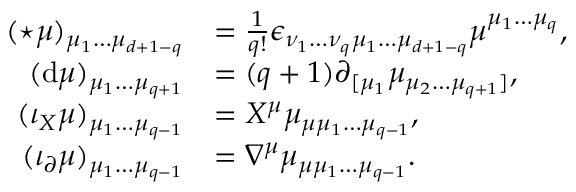
\begin{array} { r l } { ( { \star \mu } ) _ { \mu _ { 1 } \ldots \mu _ { d + 1 - q } } } & { = \frac { 1 } { q ! } \epsilon _ { \nu _ { 1 } \ldots \nu _ { q } \mu _ { 1 } \ldots \mu _ { d + 1 - q } } \mu ^ { \mu _ { 1 } \ldots \mu _ { q } } , } \\ { ( \mathrm { d } \mu ) _ { \mu _ { 1 } \ldots \mu _ { q + 1 } } } & { = ( q + 1 ) \partial _ { [ \mu _ { 1 } } \mu _ { \mu _ { 2 } \ldots \mu _ { q + 1 } ] } , } \\ { ( \iota _ { X } \mu ) _ { \mu _ { 1 } \ldots \mu _ { q - 1 } } } & { = X ^ { \mu } \mu _ { \mu \mu _ { 1 } \ldots \mu _ { q - 1 } } , } \\ { ( \iota _ { \partial } \mu ) _ { \mu _ { 1 } \ldots \mu _ { q - 1 } } } & { = \nabla ^ { \mu } \mu _ { \mu \mu _ { 1 } \ldots \mu _ { q - 1 } } . } \end{array}